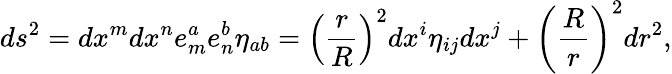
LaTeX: ds^{2}=dx^{m}dx^{n}e_{m}^{a}e_{n}^{b}\eta_{ab}=\left({\frac{r}{R}}\right)^{2}dx^{i}\eta_{ij}dx^{j}+\left(\frac Rr\right)^{2}dr^{2},